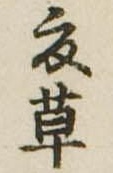
夏草